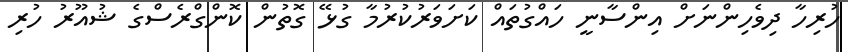
ހުރިހާ ދިވެހިންނަށް އިންސާނީ ހައްގުތައް ކަށަވަރުކުރުމާ ގުޅޭ ގޮތުން ކޮންގްރެސްގެ ޝުއޫރު ހުރި